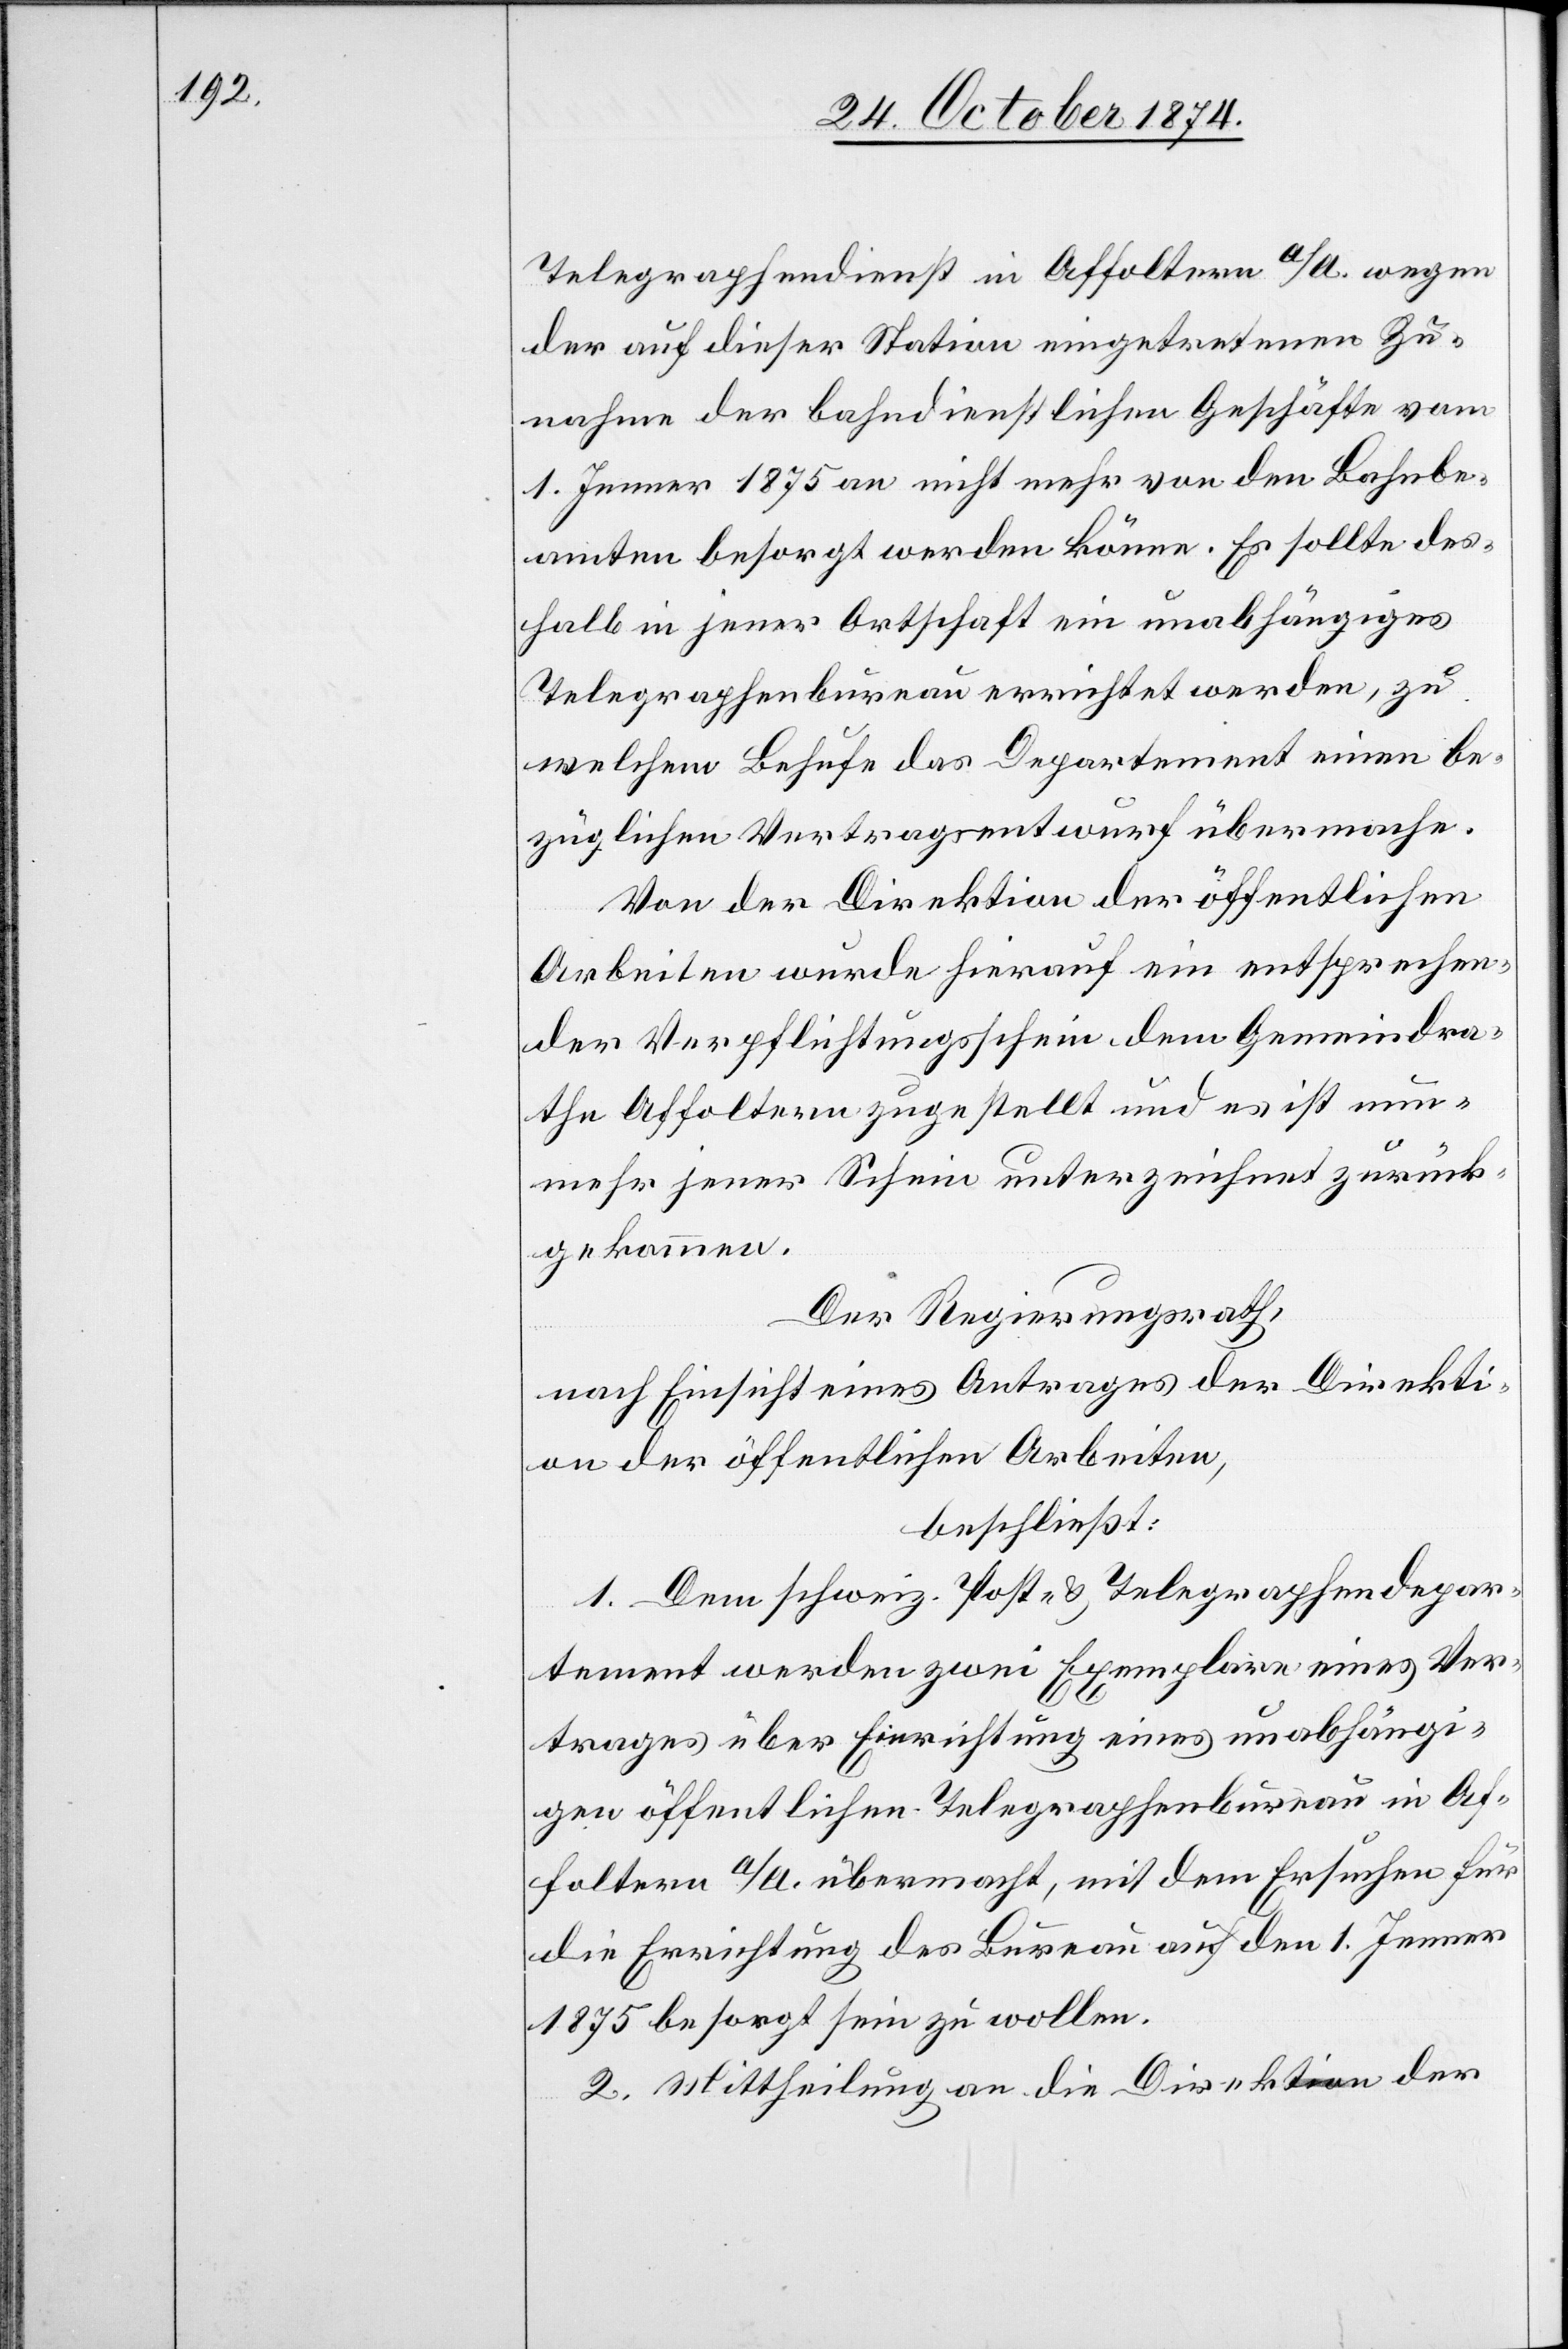
Telegraphendienst in Affoltern a/A. wegen
der auf dieser Station eingetretenen Zu¬
nahme der bahndienstlichen Geschäfte vom
1. Jenner 1875 an nicht mehr von den Bahnbe¬
amten besorgt werden könne. Es sollte des¬
halb in jener Ortschaft ein unabhängiges
Telegraphenbureau errichtet werden, zu
welchem Behufe das Departement einen be¬
züglichen Vertragsentwurf übermache.
Von der Direktion der öffentlichen
Arbeiten wurde hierauf ein entsprechen¬
der Verpflichtungsschein dem Gemeindra¬
the Affoltern zugestellt und es ist nun¬
mehr jener Schein unterzeichnet zurück¬
gekommen.
Der Regierungsrath,
nach Einsicht eines Antrages der Direkti¬
on der öffentlichen Arbeiten,
beschließt:
1. Dem schweiz. Post- & Telegraphendepar¬
tement werden zwei Exemplare eines Ver¬
trages über Einrichtung eines unabhängi¬
gen öffentlichen Telegraphenbureau in Af¬
foltern a/A. übermacht, mit dem Ersuchen für
die Errichtung des Bureau auf den 1. Jenner
1875 besorgt sein zu wollen.
2. Mittheilung an die Direktion der